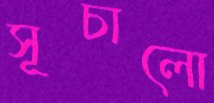
সূচালো